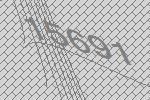
15691